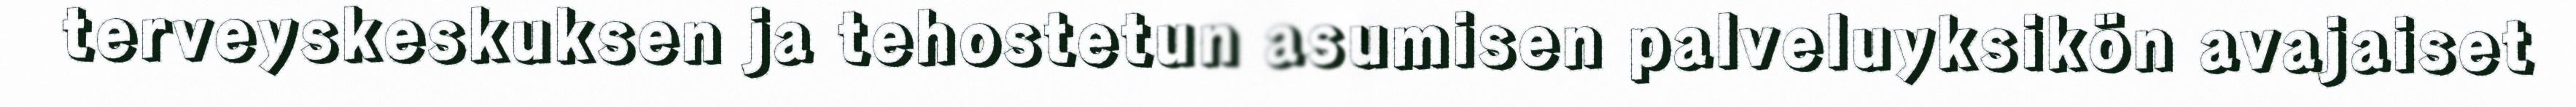
terveyskeskuksen ja tehostetun asumisen palveluyksikön avajaiset